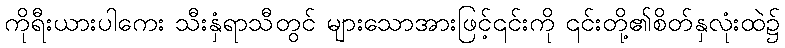
ကိုရီးယားပါကေး သီးနှံရာသီတွင် များသောအားဖြင့်၎င်းကို ၎င်းတို့၏စိတ်နှလုံးထဲ၌